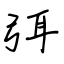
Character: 弭